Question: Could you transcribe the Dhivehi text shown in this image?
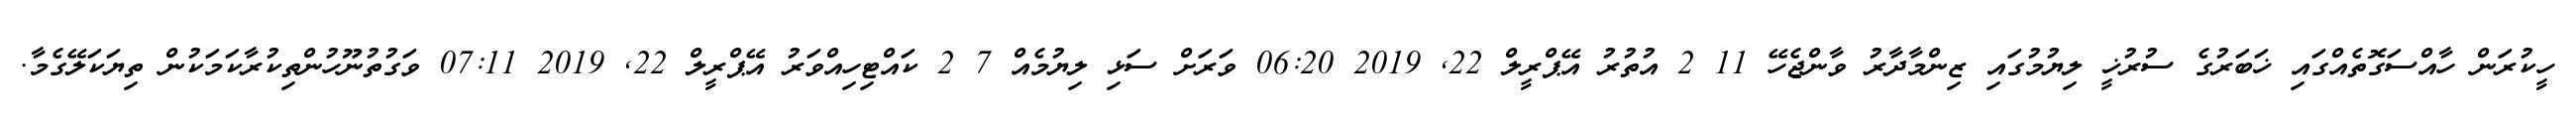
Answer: ހީކުރަން ހާއްސަގޮތެއްގައި ޚަބަރުގެ ސުރުޚީ ލިޔުމުގައި ޒިންމާދާރު ވާންޖެހޭ 11 2 އުތުރު އޭޕްރީލް 22, 2019 06:20 ވަރަށް ސަޅި ލިޔުމެއް 7 2 ކައްޓިހިއްވަރު އޭޕްރީލް 22, 2019 07:11 ވަގުތުނޫހުންތިކުރާކަމަކުން ތިޔަކަލޭގެމާ.